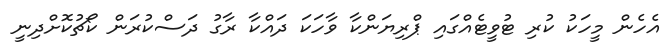
އެހެން މީހަކު ކުރި ޓުވީޓެއްގައި ޕްރިޔަންކާ ވާހަކަ ދައްކާ ރާގު ދަސްކުރަން ކޯޗުކޮށްދިނީ